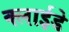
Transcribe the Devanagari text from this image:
क्लाईडे